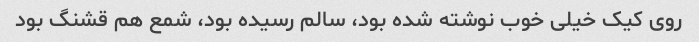
روی کیک خیلی خوب نوشته شده بود، سالم رسیده بود، شمع هم قشنگ بود